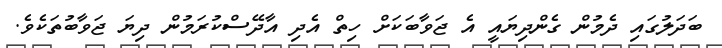
ބަދަލުގައި ދެމުން ގެންދިޔައީ އެ ޖަވާބަކަށް ހިތް އެދި އާދޭސްކުރަމުން ދިޔަ ޖަވާބުތަކެވެ.